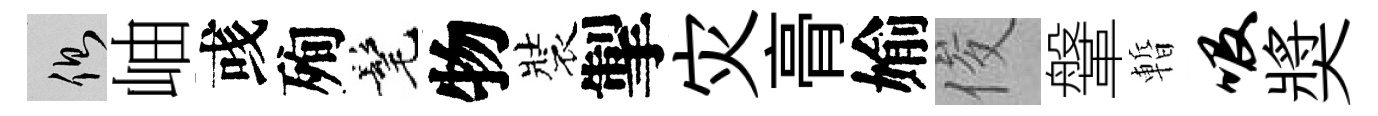
側岫彧殉髦物裝掣灾𮌔媮俊鞶暫吸奬